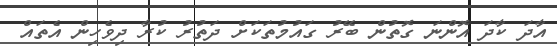
އާދަ ކާދަ އޮންނަ ގޮތުން ބޭރު ގައުމުތަކަށް ދަތުރު ކުރާ ދިވެހިން އެތައް